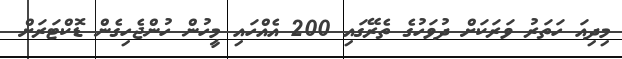
މިދިއަ ހަތަރު ވަރަކަށް ދުވަހުގެ ތެރޭގައި 200 އެއްހައި މީހުން ހުންޖެހިގެން ޑޮކްޓަރަށް